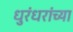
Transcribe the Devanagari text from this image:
धुरंधरांच्या